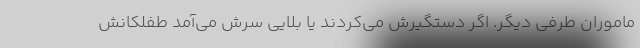
ماموران طرفي ديگر. اگر دستگيرش مي‌كردند يا بلايي سرش مي‌آمد طفلكانش